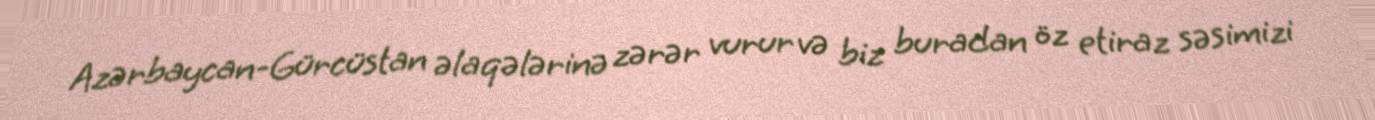
Azərbaycan-Gürcüstan əlaqələrinə zərər vurur və biz buradan öz etiraz səsimizi